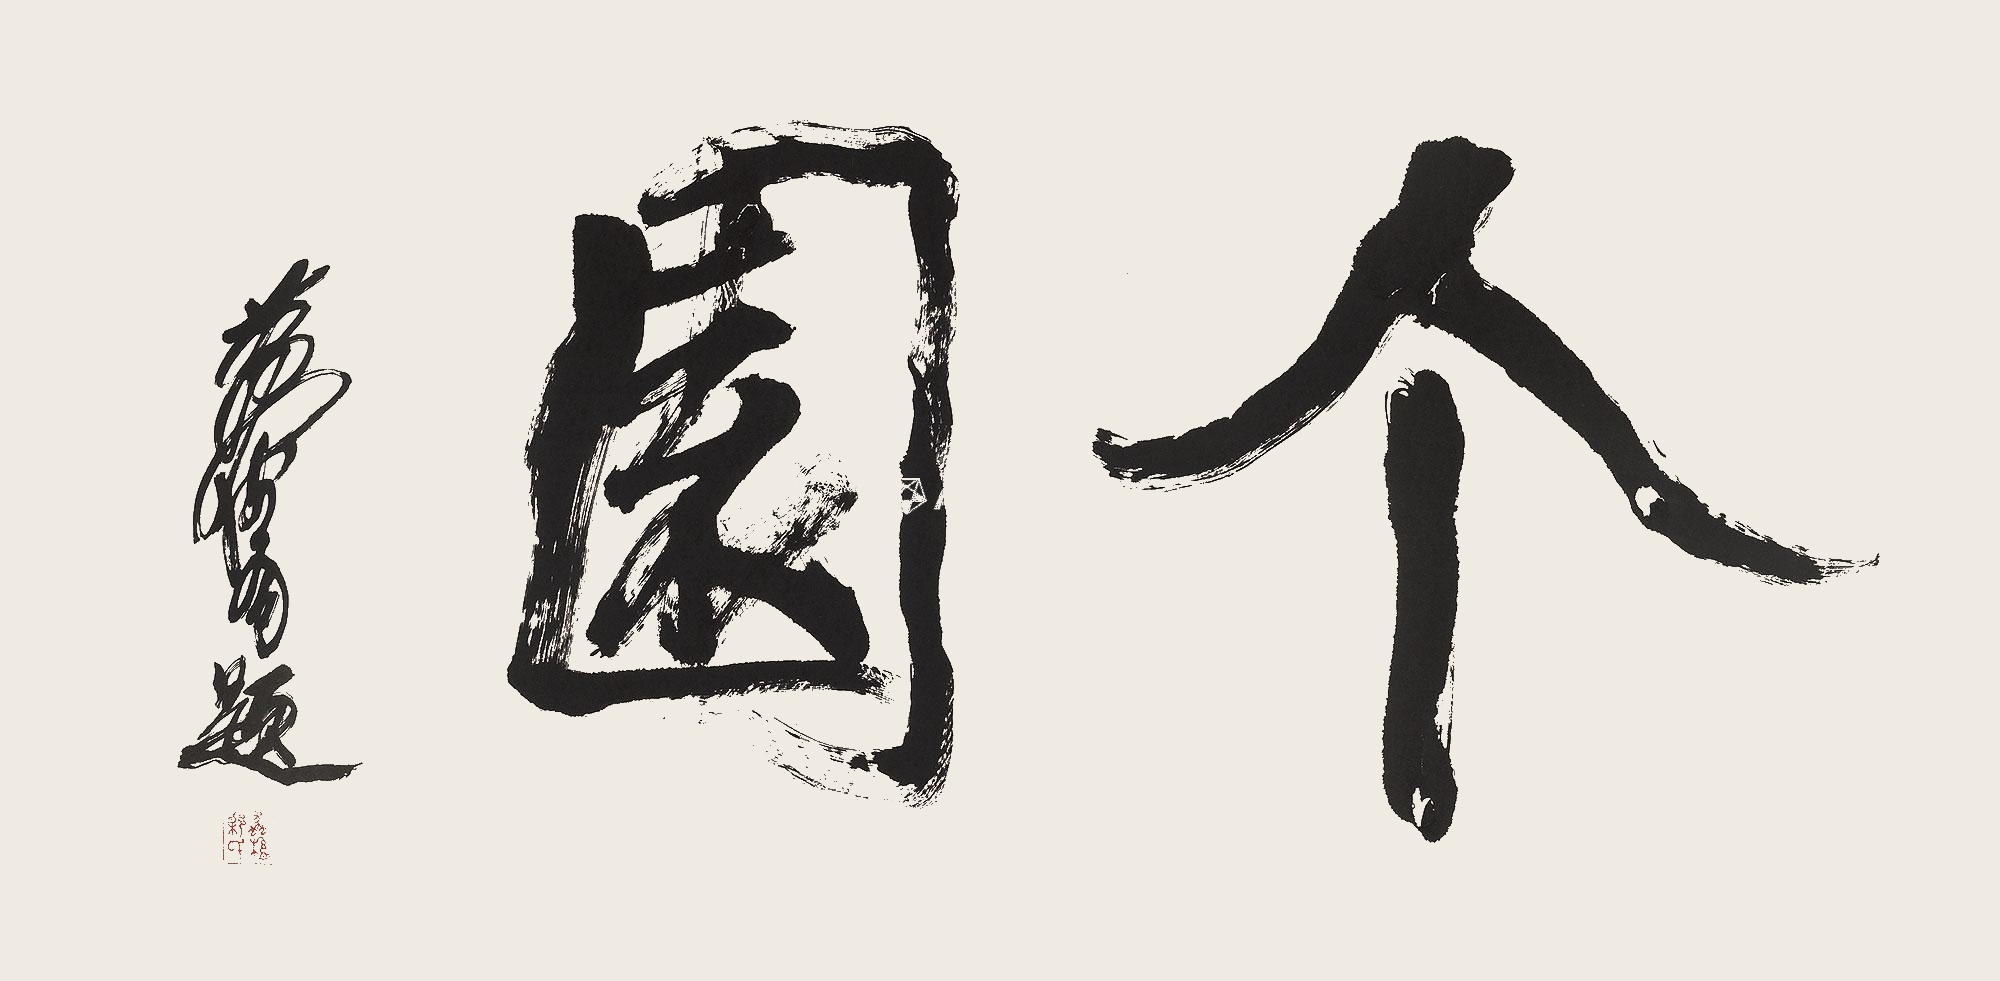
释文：个园。黄胄题。